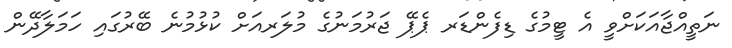
ނަތީއްޖާއަކަށްވީ އެ ޓީމުގެ ޑިފެންޑަރ ޕެޕޭ ޖަރުމަނުގެ މުލަރއަށް ކުޅުމުނެ ބޭރުގައި ހަމަލާދޭން